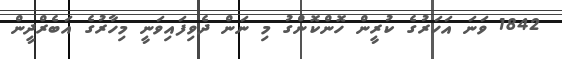
1842 ވަނަ އަހަރުގެ ކުރީން ހޮންކޮންގު މި ނަން ދެވިފައިވަނީ މިހާރުގެ އަބެރްދީން